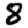
Digit: 8